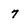
Character: 7